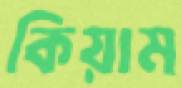
কিয়াম